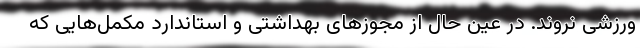
ورزشی نروند. در عین حال از مجوزهای بهداشتی و استاندارد مکمل‌هایی که